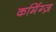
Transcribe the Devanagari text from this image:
कर्मिग्ज़